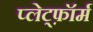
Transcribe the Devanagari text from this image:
प्लेट्फ़ॉर्म